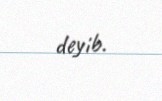
deyib.